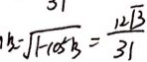
B = \sqrt { 1 - \cos ^ { 2 } B } = \frac { 1 2 \sqrt { 3 } } { 3 1 }